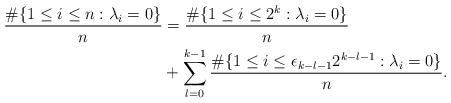
LaTeX: \begin{align*} \frac{\#\{1\leq i\leq n:\lambda_i=0\}}{n}&=\frac{\#\{1\leq i\leq 2^{k}:\lambda_i=0\}}{n}\\&+\sum_{l=0}^{k-1}\frac{\#\{1 \leq i \leq \epsilon_{k-l-1} 2^{k-l-1}:\lambda_i=0\}}{n}.\end{align*}